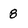
Character: 8